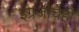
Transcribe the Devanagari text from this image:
इंग्रजीचेही